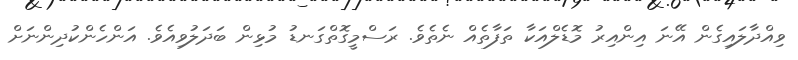
ވިއްދާލައިގެން އޭނަ އިންއިރު މޮޑެލްއަކާ ތަފާތެއް ނެތެވެ. ރަސްމީގޮތްގަނޑު މުޅިން ބަދަލުވިއެވެ. އަންހެންކުދިންނަށް